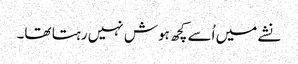
نشے میں اُسے کچھ ہوش نہیں رہتا تھا۔